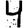
Digit: 4